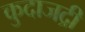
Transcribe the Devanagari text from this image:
कुदाजद्री